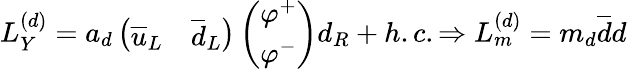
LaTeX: L_{Y}^{(d)}=a_{d}\left(\begin{array}{cc}{{\overline{{{u}}}_{L}}}&{{\overline{{{d}}}_{L}}}\end{array}\right)\left(\begin{array}{c}{{\varphi^{+}}}\\ {{\varphi^{-}}}\end{array}\right)d_{R}+h.c.\Rightarrow L_{m}^{(d)}=m_{d}\overline{{{d}}}d